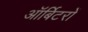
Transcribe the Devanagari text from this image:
ऑर्बिटरों